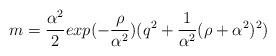
LaTeX: \begin{align*}m={\alpha^{2} \over 2} exp(-{ \rho \over \alpha^{2}}) (q^{2} +{1 \over\alpha^{2}}(\rho + { \alpha^{2} })^{2})\end{align*}